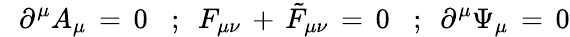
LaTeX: \, \, \, \, \partial^{\mu}A_{\mu}\, =\, 0\, \, \, \, \, ;\, \, \, F_{\mu\nu}\, +\, {\tilde{F}}_{\mu\nu}\, =\, 0\, \, \, \, \, ;\, \, \, \partial^{\mu}\Psi_{\mu}\, =\, 0